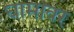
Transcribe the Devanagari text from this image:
घामावर